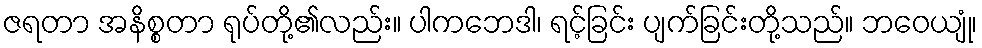
ဇရတာ အနိစ္စတာ ရုပ်တို့၏လည်း။ ပါကဘေဒါ၊ ရင့်ခြင်း ပျက်ခြင်းတို့သည်။ ဘဝေယျုံ၊